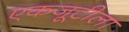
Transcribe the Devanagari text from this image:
एकजूटीला